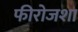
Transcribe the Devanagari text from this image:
फीरोजशा